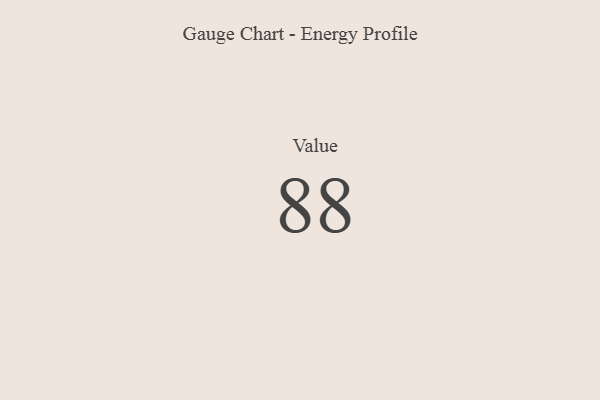
{"axis": {"x": "Metric", "y": "Value"}, "legend": [""], "data": [{"x": "Value", "y": 88, "type": ""}]}